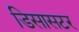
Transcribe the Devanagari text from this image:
डिसासटर